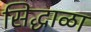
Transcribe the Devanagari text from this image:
सिद्धाळा